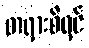
တရားစီရင်